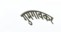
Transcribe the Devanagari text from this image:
गुमगावकर